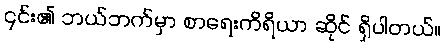
၎င်း၏ ဘယ်ဘက်မှာ စာရေးကိရိယာ ဆိုင် ရှိပါတယ်။